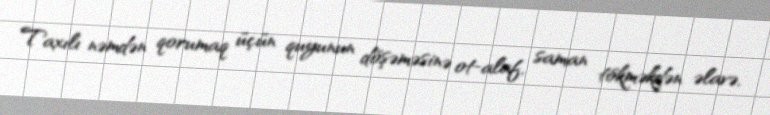
Taxılı nəmdən qorumaq üçün quyunun döşəməsinə ot-alaf, saman tökməkdən əlavə,